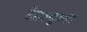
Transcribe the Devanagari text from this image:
टेक्स्चुअल